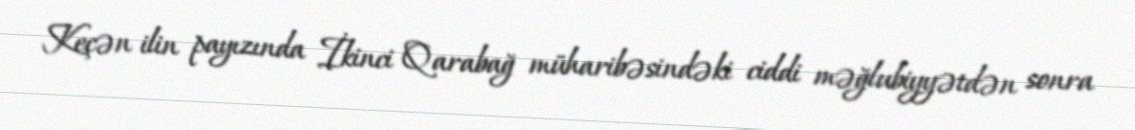
Keçən ilin payızında İkinci Qarabağ müharibəsindəki ciddi məğlubiyyətdən sonra